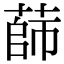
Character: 蒒